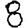
Digit: 8